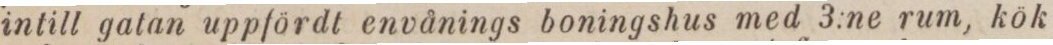
intill gatan uppfördt envånings boningshus med 3:ne rum, kök